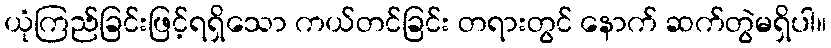
ယုံကြည်ခြင်းဖြင့်ရရှိသော ကယ်တင်ခြင်း တရားတွင် နောက် ဆက်တွဲမရှိပါ။